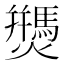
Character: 𰟷